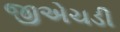
જીએચડી